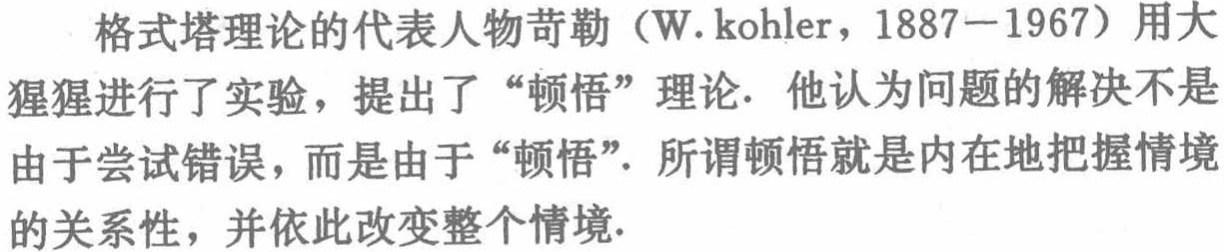
格式塔理论的代表人物苛勒（W. kohler，1887—1967）用大猩猩进行了实验，提出了“顿悟”理论. 他认为问题的解决不是由于尝试错误，而是由于“顿悟”. 所谓顿悟就是内在地把握情境的关联性，并依此改变整个情境.